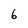
Character: 6